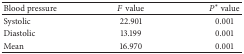
| Blood pressure | F value | P* value |
 | --- | --- | --- |
 | Systolic | 22.901 | 0.001 |
 | Diastolic | 13.199 | 0.001 |
 | Mean | 16.970 | 0.001 |